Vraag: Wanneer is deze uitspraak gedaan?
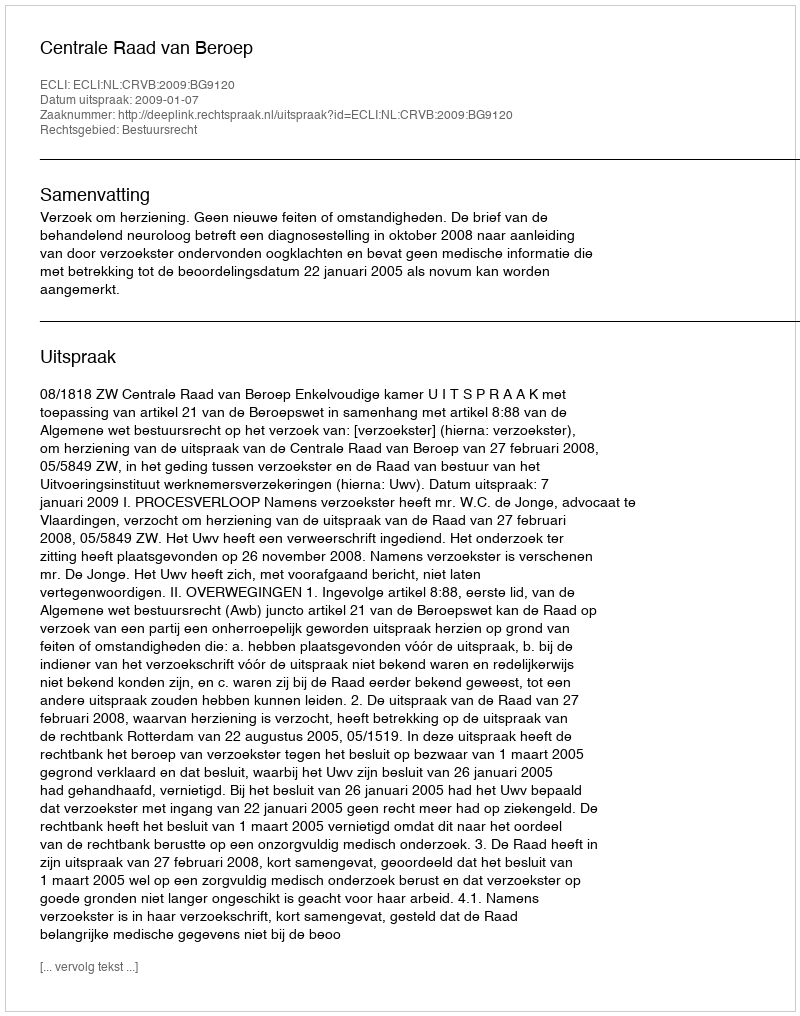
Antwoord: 2009-01-07